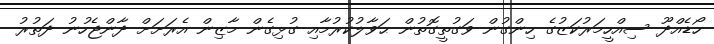
ހޯޑެއްދޫ ސިއްހީމަރުކަޒުގެ ހިންގުން ވަގުތީގޮތުން ޙަވާލުކުރުމާއި ގުޅިގެން މާޒިން އެރަށަށް ދާންޖެހުނު ދަތުރު